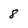
Character: 8